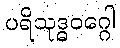
ပရိသုဒ္ဓဝဂ္ဂေါ